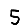
Digit: 5